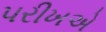
પરીખએ